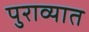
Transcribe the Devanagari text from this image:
पुराव्यात